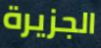
الجزيرة